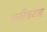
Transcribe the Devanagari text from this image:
भुवीश्रवस